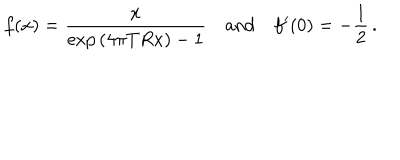
f ( x ) = \frac { x } { \exp { ( 4 \pi T R x ) } - 1 } \quad \mathrm { a n d } \quad f ^ { \prime } ( 0 ) = - \frac { 1 } { 2 } \, { . }